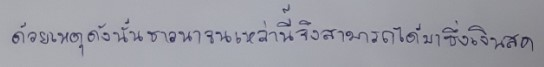
ด้วยเหตุดังนั้นชาวนาจนเหล่านี้จึงสามารถได้มาซึ่งเงินสด